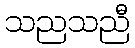
သညသညီ